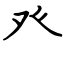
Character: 癶